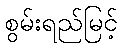
စွမ်းရည်မြင့်